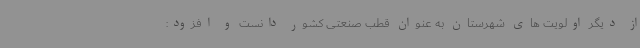
از دیگر اولویت های شهرستان به عنوان قطب صنعتی کشور دانست و افزود: